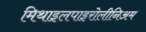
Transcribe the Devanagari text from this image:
मिथाइलपाइरोलीनिअम